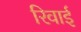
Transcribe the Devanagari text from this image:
रिवाई